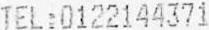
TEL:0122144371